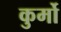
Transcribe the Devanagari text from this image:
कुर्मो